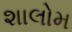
શાલોમ